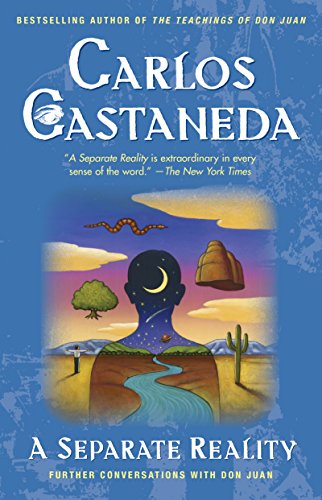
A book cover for A Separate Reality; Carlos Castaneda; Religion & Spirituality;